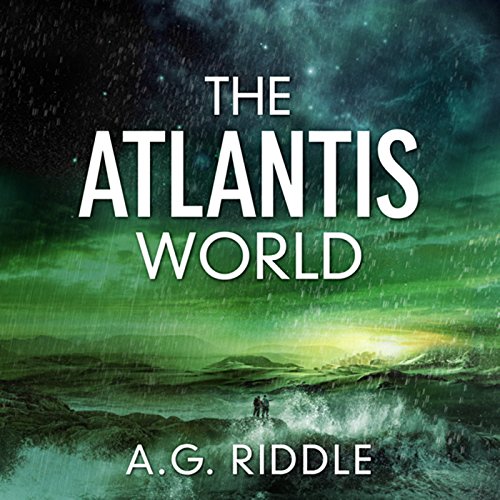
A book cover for The Atlantis World: The Origin Mystery, Book 3; A.G. Riddle; Mystery, Thriller & Suspense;